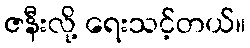
ဇနီးလို့ ရေးသင့်တယ်။